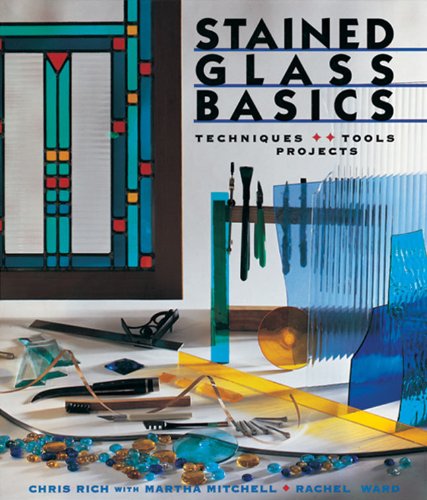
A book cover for Stained Glass Basics: Techniques * Tools * Projects; Chris Rich; Crafts, Hobbies & Home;